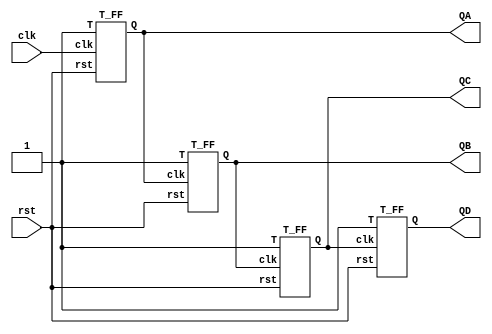
module BIN_1(input clk, input rst , output QA , output QB , output QC , output QD);
T_FF UUT1(.clk(clk) , .rst(rst) , .T(1'b1) , .Q(QA));
T_FF UUT2(.clk(QA) , .rst(rst) , .T(1'b1) , .Q(QB));
T_FF UUT3(.clk(QB) , .rst(rst) , .T(1'b1) , .Q(QC));
T_FF UUT4(.clk(QC) , .rst(rst) , .T(1'b1) , .Q(QD));
endmodule

module T_FF(input clk , input rst , input T , output Q);
reg Q_r;
assign Q = Q_r;
always@(negedge clk)
begin
if(!rst)
Q_r <= 1'b0;
else if(T)
Q_r <= ~Q_r;
else
Q_r <= Q_r;
end
endmodule